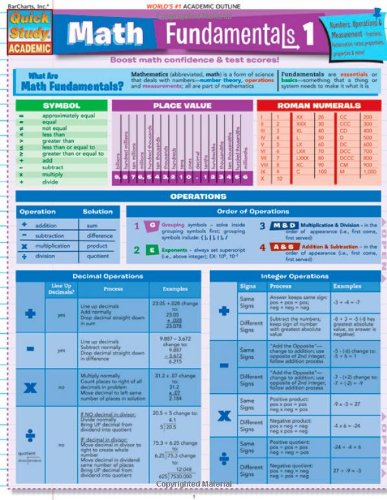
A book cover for Math Fundamentals 1 Quick Reference Guide pamplet (Quick Study Academic); Inc. BarCharts; Science & Math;